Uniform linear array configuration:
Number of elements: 24
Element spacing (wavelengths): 1
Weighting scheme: hann
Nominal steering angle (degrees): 0
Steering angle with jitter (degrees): -0.9687
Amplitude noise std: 0.05
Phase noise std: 0.05

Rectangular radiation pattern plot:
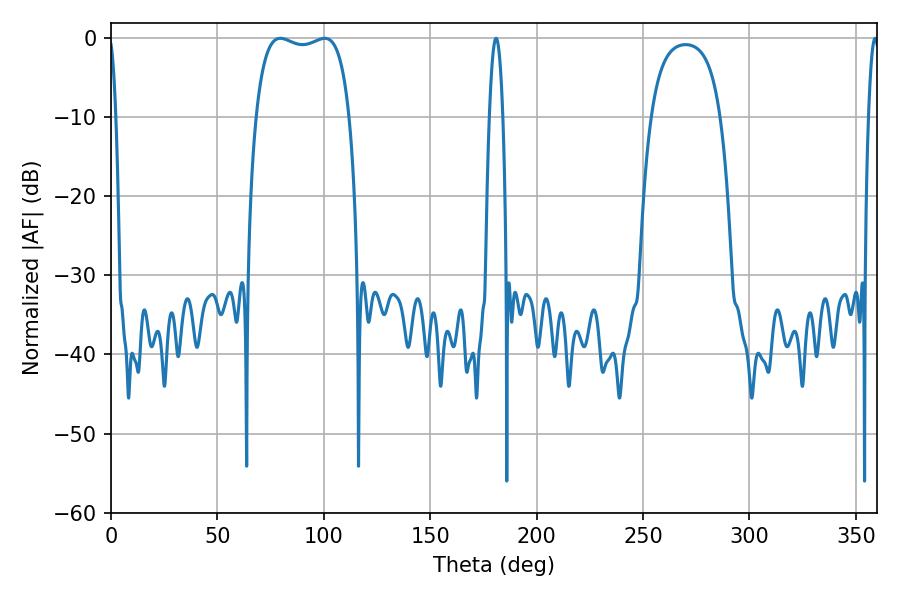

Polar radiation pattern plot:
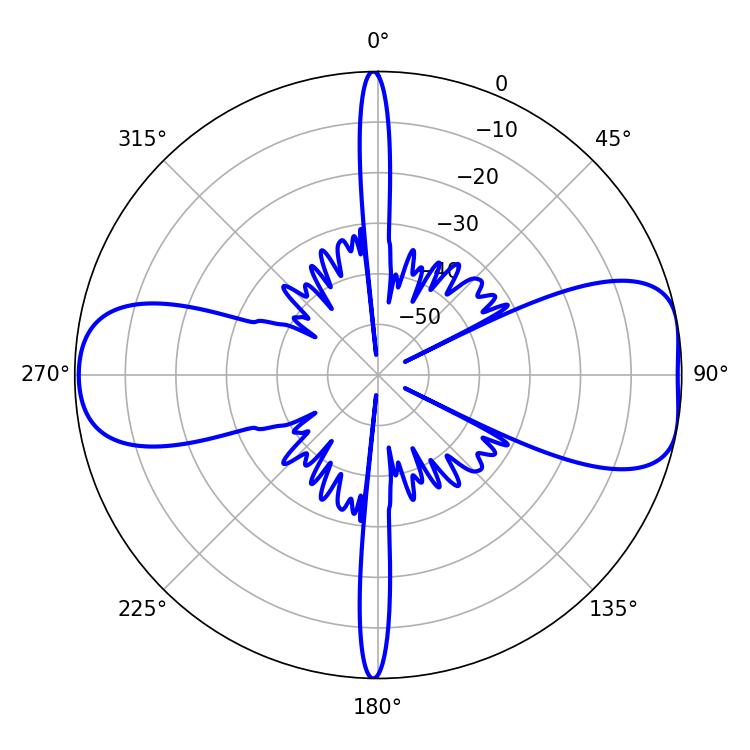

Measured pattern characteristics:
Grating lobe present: TRUE
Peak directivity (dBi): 8.887
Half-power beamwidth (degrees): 35.64
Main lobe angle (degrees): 79.56